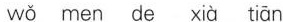
wē men de xià tiān